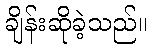
ချိန်းဆိုခဲ့သည်။